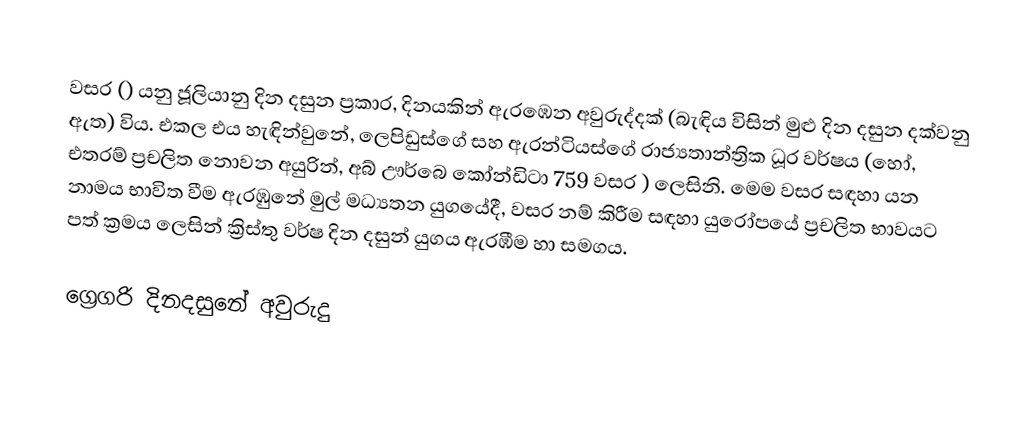

වසර   () යනු  ජූලියානු දින දසුන ප්‍රකාර,    දිනයකින් ඇරඹෙන  අවුරුද්දක්   (බැඳිය විසින් මුළු දින දසුන දක්වනු ඇත)  විය. එකල එය හැඳින්වුනේ, ලෙපිඩුස්ගේ සහ  ඇරන්ටියස්ගේ  රාජ්‍යතාන්ත්‍රික  ධූර වර්ෂය  (හෝ, එතරම් ප්‍රචලිත නොවන අයුරින්,  අබ් ඌර්බෙ කෝන්ඩිටා 	759	  වසර  ) ලෙසිනි. මෙම වසර සඳහා   යන නාමය භාවිත වීම ඇරඹුනේ මුල් මධ්‍යතන යුගයේදී, වසර නම් කිරීම සඳහා යුරෝපයේ ප්‍රචලිත භාවයට පත් ක්‍රමය ලෙසින් ක්‍රිස්තු වර්ෂ දින දසුන් යුගය ඇරඹීම හා සමගය.

ග්‍රෙගරි දිනදසුනේ අවුරුදු